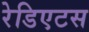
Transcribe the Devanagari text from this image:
रेडिएटस